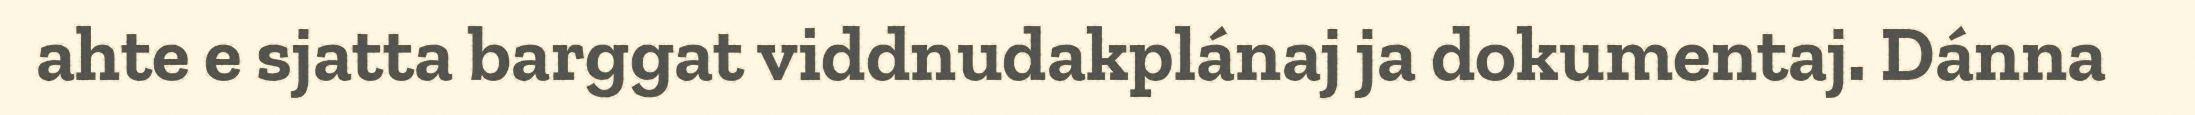
ahte e sjatta barggat viddnudakplánaj ja dokumentaj. Dánna